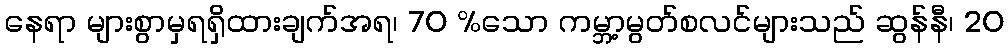
နေရာ များစွာမှရရှိထားချက်အရ၊ 70 %သော ကမ္ဘာ့မွတ်စလင်များသည် ဆွန်နီ၊ 20